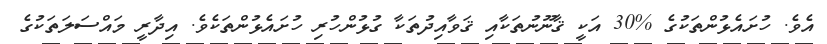
އެވެ. ހުށައެޅުންތަކުގެ %30 އަކީ ޤާނޫނުތަކާއި ޤަވާއިދުތަކާ ގުޅުންހުރި ހުށައެޅުންތަކެވެ. އިދާރީ މައްސަލަތަކުގެ